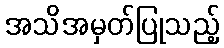
အသိအမှတ်ပြုသည့်